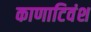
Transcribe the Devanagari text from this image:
काणाटिवंश